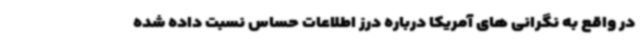
در واقع به نگرانی های آمریکا درباره درز اطلاعات حساس نسبت داده شده